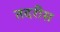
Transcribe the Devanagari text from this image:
तदरीस